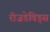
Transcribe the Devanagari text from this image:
रीज़डेविड्स